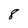
Character: 8